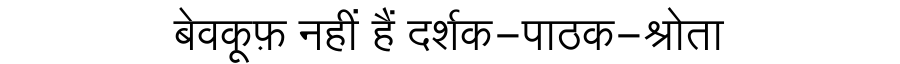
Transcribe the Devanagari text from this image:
बेवकूफ़ नहीं हैं दर्शक-पाठक-श्रोता